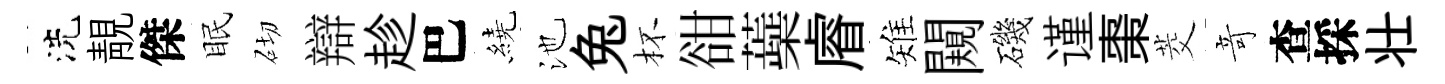
洗靚傑眠砌辯趁巴繞池兔杯𧮳蘃𥈠雉闚磯谨棗茭竒查採壮